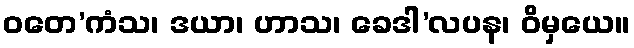
ဝတေ’ကံသ၊ ဒယာ၊ ဟာသ၊ ခေဒါ’လပန၊ ဝိမှယေ။